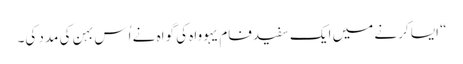
‏“‏ ایسا کرنے میں ایک سفیدفام یہوواہ کی گواہ نے اُس بہن کی مدد کی۔